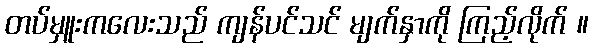
တပ်မှူးကလေးသည် ကျန်ပင်သင် မျက်နှာကို ကြည့်လိုက် ။